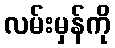
လမ်းမှန်ကို